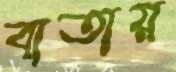
বাতায়